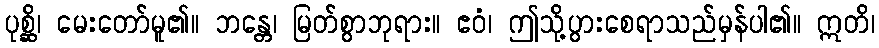
ပုစ္ဆိ၊ မေးတော်မူ၏။ ဘန္တေ၊ မြတ်စွာဘုရား။ ဧဝံ၊ ဤသို့ပွားစေရာသည်မှန်ပါ၏။ ဣတိ၊